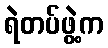
ရဲတပ်ဖွဲ့က